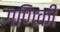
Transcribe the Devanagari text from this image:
गणिकी